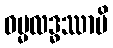
ဓမ္မလဒ္ဓဿာပိ